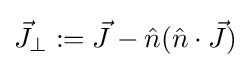
{\vec {J}}_{\perp }:={\vec {J}}-{\hat {n}}({\hat {n}}\cdot {\vec {J}})